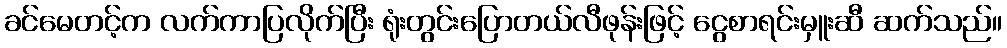
ခင်မေတင့်က လက်ကာပြလိုက်ပြီး ရုံးတွင်းပြောတယ်လီဖုန်းဖြင့် ငွေစာရင်းမှူးဆီ ဆက်သည်။